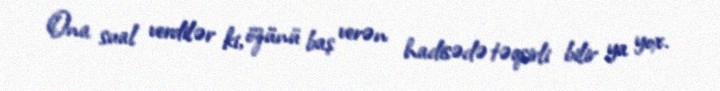
Ona sual verdilər ki, özünü baş verən hadisədə təqsirli bilir ya yox.